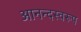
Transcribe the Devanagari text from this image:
आनन्दस्वरूप